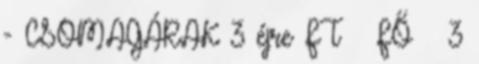
- CSOMAGÁRAK 3 éjre FT FŐ 3